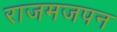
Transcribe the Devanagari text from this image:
राजमजपन